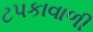
ટપકાવાળી